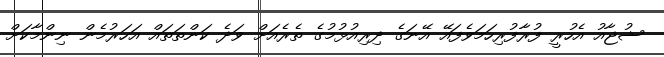
ޝުޖާއު އެހުރީ ފުރާފުރިހަމަވެފައޭ އޭނަގެ ދިރިއުޅުމުގެ ތެރެއަށް ވަދެ ކަންތަތައް އަހަރުމެން ނިންމާކަށް